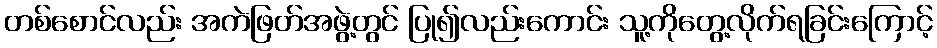
တစ်စောင်လည်း အကဲဖြတ်အဖွဲ့တွင် ပြု၍လည်းကောင်း သူ့ကိုတွေ့လိုက်ရခြင်းကြောင့်